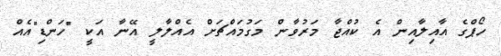
ހޯޕްގެ އާއިލާއިން އެ ކުއްޖާ މަރުވާން މަގުމައްޗަށް އެއްލާލީ އޭނާ އަކީ "ހަންޑި"އެއް